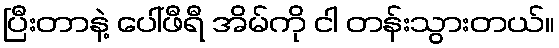
ပြီးတာနဲ့ ပေါ်ဖီရီ အိမ်ကို ငါ တန်းသွားတယ်။